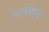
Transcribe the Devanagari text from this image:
सस्पेक्ट्स